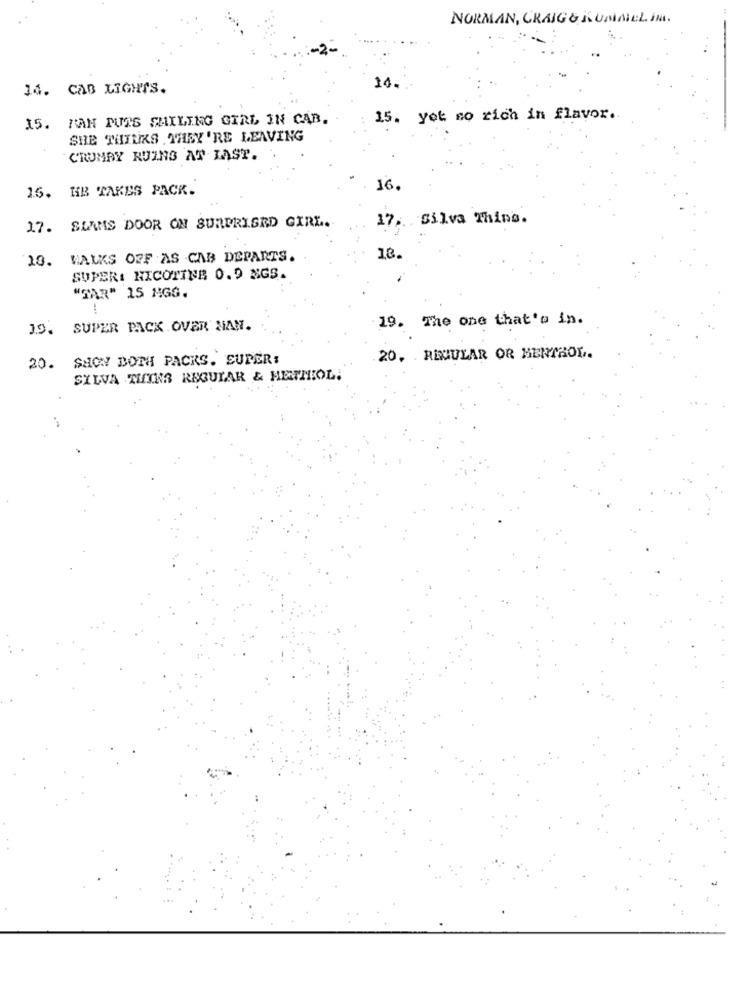
NORMAN, CRAIG & KUMAREL IN.
14. CAB LIGHTS.
14.
15. HAN PUTS SMILING GIRL IN CAB.
15. yet so rich in flavor.
SHE THINKS THEY'RE LEAVING
CRUMBY RUINS AT LAST.
16. HB TAKES PACK.
16.
17. Silva Thing.
17. SLAMS DOOR ON SURPRISED GIRL.
10. WALKS OFF AS CAB DEPARTS.
18.
SUPER: NICOTINE O.D MGS.
"TAR" 15 NGG.
19. The one that's in.
19. SUPER PACK OVER MAN.
SHOW BOTH PACKS. SUPER:
20, REGULAR OR MENTHOL.
20.
SILVA THINA REGUIAR & MENTHOL.